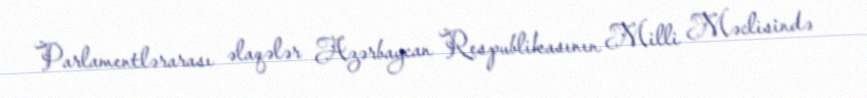
Parlamentlərarası əlaqələr Azərbaycan Respublikasının Milli Məclisində